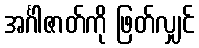
အင်္ဂါဇာတ်ကို ဖြတ်လျှင်